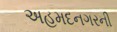
અહમદનગરની